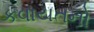
કવાયતનો